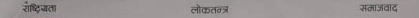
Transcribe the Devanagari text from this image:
शैक्षिक ब्यवस्था लेखाशास्त्र सञ्चारशास्‍त्र